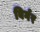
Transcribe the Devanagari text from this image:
बिर्गर